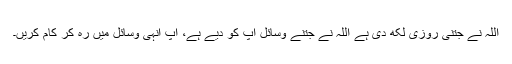
اللہ نے جتنی روزی لکھ دی ہے اللہ نے جتنے وسائل آپ کو دیے ہے، آپ انہی وسائل میں رہ کر کام کریں۔